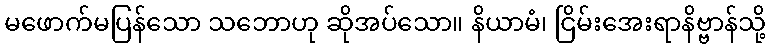
မဖောက်မပြန်သော သဘောဟု ဆိုအပ်သော။ နိယာမံ၊ ငြိမ်းအေးရာနိဗ္ဗာန်သို့